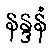
နန္ဒနံ